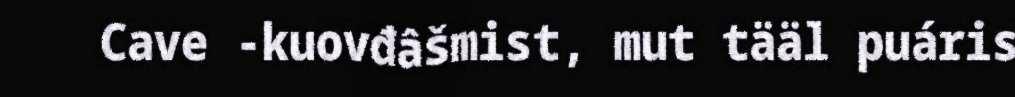
Cave -kuovđâšmist, mut tääl puáris